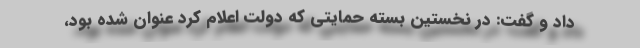
داد و گفت: در نخستین بسته حمایتی که دولت اعلام کرد عنوان شده بود،